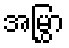
အမြွှာ